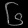
Digit: ၆